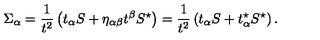
\Sigma _ { \alpha } = { \frac { 1 } { t ^ { 2 } } } \left( t _ { \alpha } S + \eta _ { \alpha \beta } t ^ { \beta } S ^ { \star } \right) = { \frac { 1 } { t ^ { 2 } } } \left( t _ { \alpha } S + t _ { \alpha } ^ { \star } S ^ { \star } \right) .